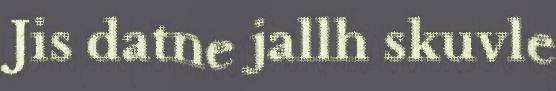
Jis datne jallh skuvle